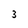
Character: 3